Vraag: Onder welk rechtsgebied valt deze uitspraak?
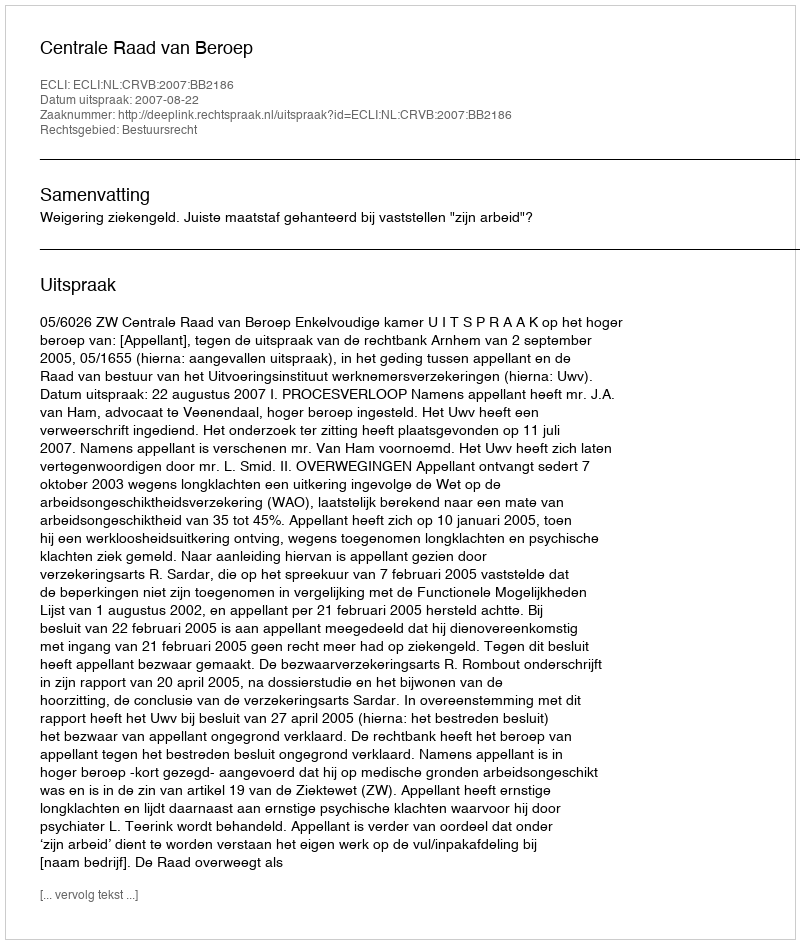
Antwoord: Bestuursrecht